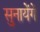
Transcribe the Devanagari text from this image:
सुनायेंगें